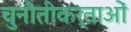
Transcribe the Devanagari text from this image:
चुनौतीकर्ताओं